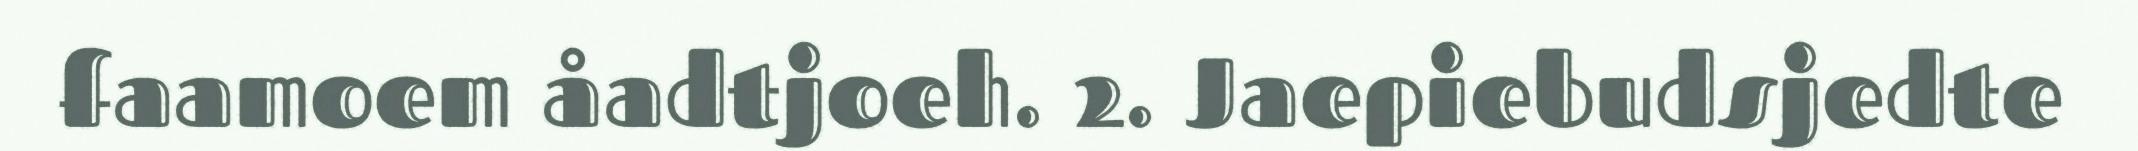
faamoem åadtjoeh. 2. Jaepiebudsjedte